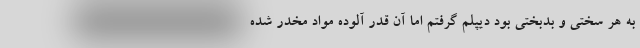
به هر سختی و بدبختی بود دیپلم گرفتم اما آن قدر آلوده مواد مخدر شده